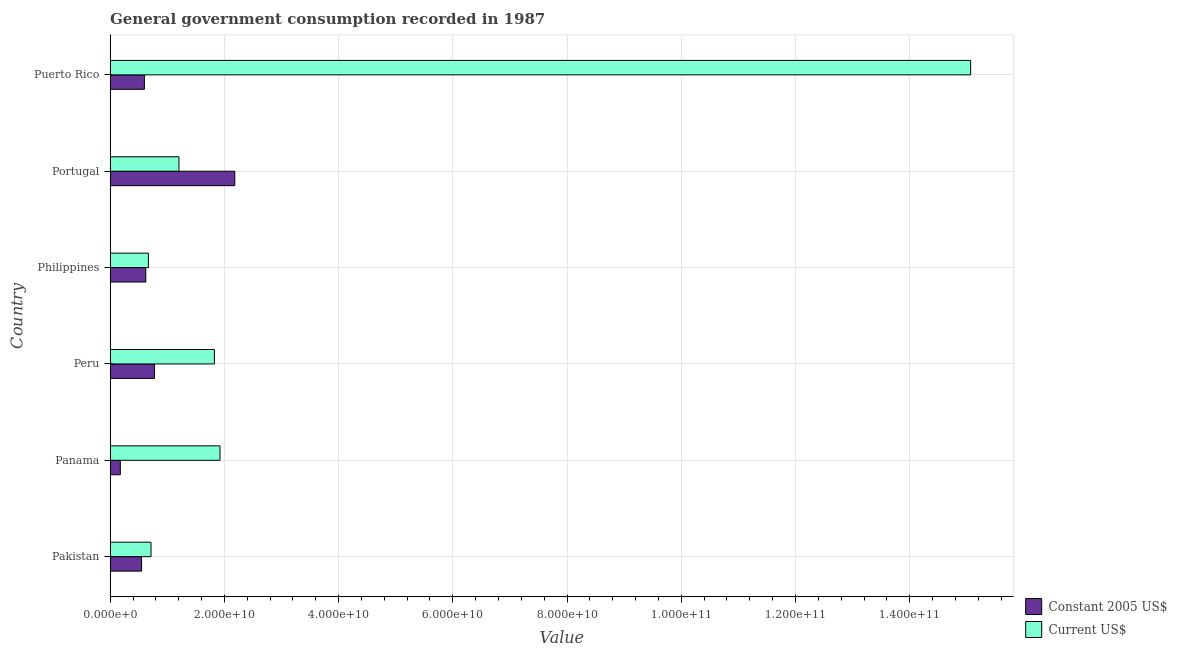
| Country | Constant 2005 US$ | Current US$ |
 | --- | --- | --- |
 | Pakistan | 5.5e+09 | 7.16e+09 |
 | Panama | 1.78e+09 | 1.92e+10 |
 | Peru | 7.76e+09 | 1.83e+10 |
 | Philippines | 6.24e+09 | 6.7e+09 |
 | Portugal | 2.18e+10 | 1.2e+10 |
 | Puerto Rico | 6e+09 | 1.51e+11 |